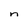
Character: n